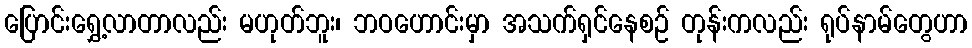
ပြောင်းရွှေ့လာတာလည်း မဟုတ်ဘူး၊ ဘဝဟောင်းမှာ အသက်ရှင်နေစဉ် တုန်းကလည်း ရုပ်နာမ်တွေဟာ